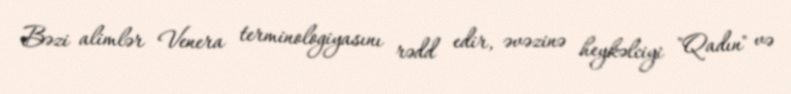
Bəzi alimlər Venera terminologiyasını rədd edir, əvəzinə heykəlciyi "Qadın" və